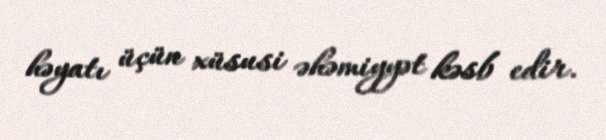
həyatı üçün xüsusi əhəmiyyət kəsb edir.